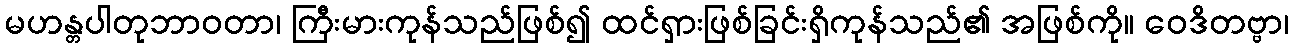
မဟန္တပါတုဘာဝတာ၊ ကြီးမားကုန်သည်ဖြစ်၍ ထင်ရှားဖြစ်ခြင်းရှိကုန်သည်၏ အဖြစ်ကို။ ဝေဒိတဗ္ဗာ၊